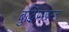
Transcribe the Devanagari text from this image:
बुद्धिप्रखरता